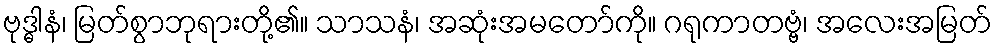
ဗုဒ္ဓါနံ၊ မြတ်စွာဘုရားတို့၏။ သာသနံ၊ အဆုံးအမတော်ကို။ ဂရုကာတဗ္ဗံ၊ အလေးအမြတ်